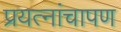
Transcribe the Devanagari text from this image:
प्रयत्नांचापण